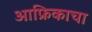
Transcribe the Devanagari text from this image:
आफ्रिकाचा